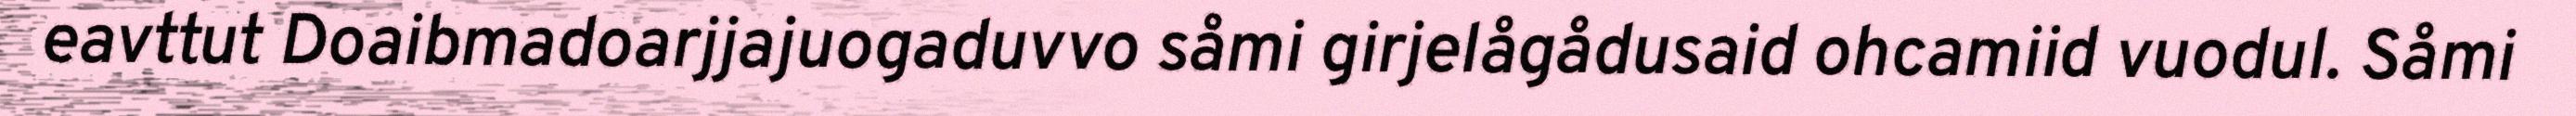
eavttut Doaibmadoarjjajuogaduvvo såmi girjelågådusaid ohcamiid vuodul. Såmi